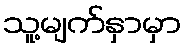
သူ့မျက်နှာမှာ